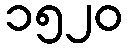
၁၅၂၀